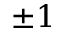
\pm 1